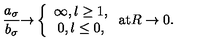
\frac { a _ { \sigma } } { b _ { \sigma } } { \rightarrow } \left\{ \begin{array} { c } { \infty , l \geq 1 , } \\ { 0 , l \leq 0 , } \\ \end{array} \right. \mathrm { a t } R \rightarrow 0 .